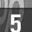
Digit: 5